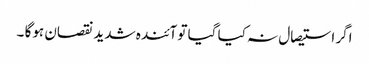
اگر استیصال نہ کیا گیا تو آئندہ شدید نقصان ہوگا ۔